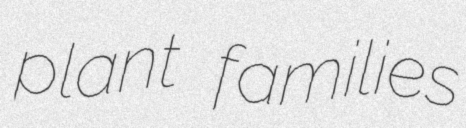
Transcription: plant families